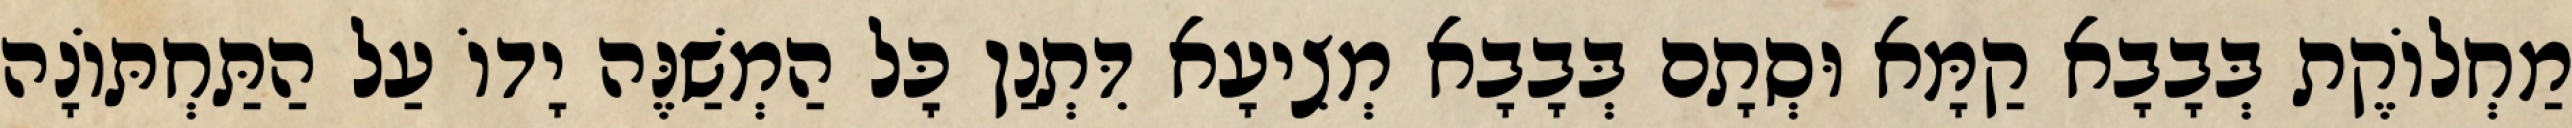
מַחְלוֹקֶת בְּבָבָא קַמָּא וּסְתָם בְּבָבָא מְצִיעָא דִּתְנַן כׇּל הַמְשַׁנֶּה יָדוֹ עַל הַתַּחְתּוֹנָה